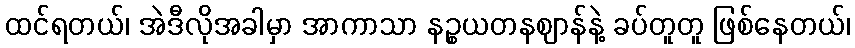
ထင်ရတယ်၊ အဲဒီလိုအခါမှာ အာကာသာ နဉ္စယတနဈာန်နဲ့ ခပ်တူတူ ဖြစ်နေတယ်၊